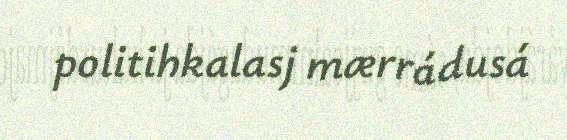
politihkalasj mærrádusá